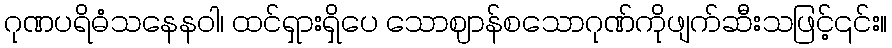
ဂုဏပရိဓံသနေနဝါ၊ ထင်ရှားရှိပေ သောဈာန်စသောဂုဏ်ကိုဖျက်ဆီးသဖြင့်၎င်း။